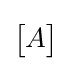
{\begin{bmatrix}A\end{bmatrix}}